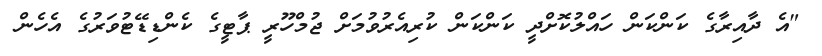
"އެ ދާއިރާގެ ކަންކަން ހައްލުކޮށްދީ ކަންކަން ކުރިއެރުވުމަށް ޖުމްހޫރީ ޕާޓީގެ ކެންޑިޑޭޓުވަރުގެ އެހެން